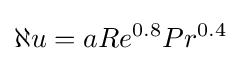
\aleph u=aRe^{0.8}Pr^{0.4}